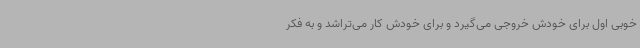
خوبی اول برای خودش خروجی می‌گیرد و برای خودش کار می‌تراشد و به فکر